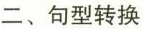
二、句型转换